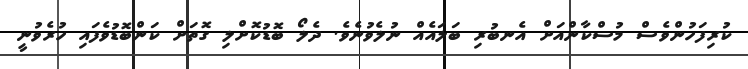
ކުރިފަހުންވެސް މުސްކާންއަށް އެނބުރި ބަލައެއް ނުލެވުނެވެ. ދެލޯ ބޮޑުކޮށްލި ގޮތަށް ކަންބޮޑުވެފައި ހުރެވުނީ